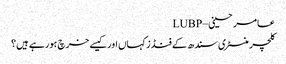
عامر حسینی – LUBP
کلچر منسٹری سندھ کے فنڈز کہاں اور کیسے خرچ ہورہے ہیں؟